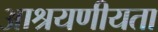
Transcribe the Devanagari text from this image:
आश्रयणीयता